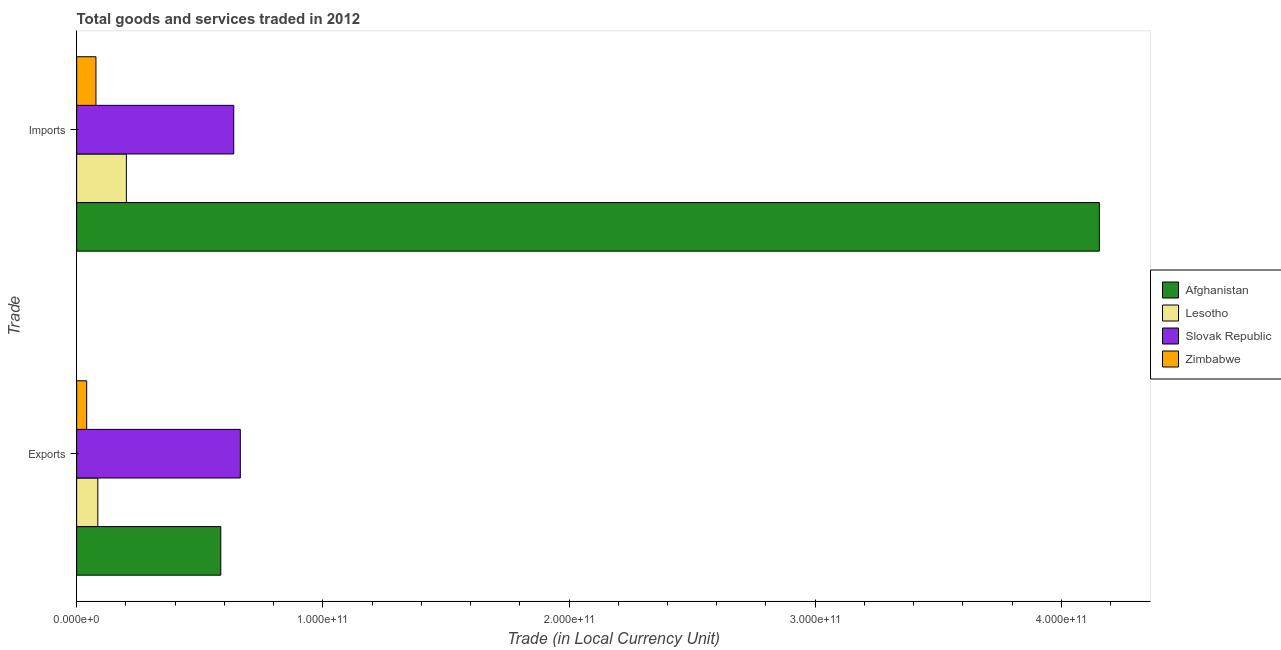
| Trade | Afghanistan | Lesotho | Slovak Republic | Zimbabwe |
 | --- | --- | --- | --- | --- |
 | Exports | 5.86e+10 | 8.6e+09 | 6.65e+10 | 4.08e+09 |
 | Imports | 4.15e+11 | 2.02e+10 | 6.38e+10 | 7.83e+09 |